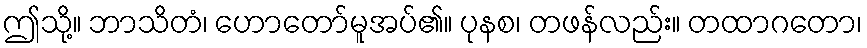
ဤသို့။ ဘာသိတံ၊ ဟောတော်မူအပ်၏။ ပုနစ၊ တဖန်လည်း။ တထာဂတော၊